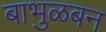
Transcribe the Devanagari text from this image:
बाभुळबन